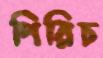
পিরিচ